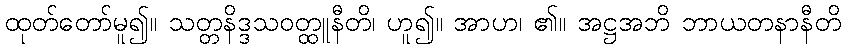
ထုတ်တော်မူ၍။ သတ္တနိဒ္ဒသဝတ္ထူနီတိ၊ ဟူ၍။ အာဟ၊ ၏။ အဋ္ဌအဘိ ဘာယတနာနီတိ